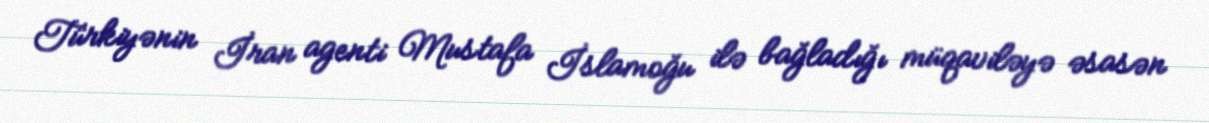
Türkiyənin İran agenti Mustafa İslamoğu ilə bağladığı müqaviləyə əsasən